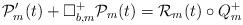
LaTeX: \begin{align*} \mathcal{P}^{\prime }_m(t)+\Box^+_{b,m}\mathcal{P}_m(t)=\mathcal{R}_m(t)\circ Q^+_m\end{align*}